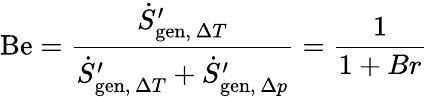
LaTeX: \mathrm{Be}={\frac{{\dot{S}}_{\mathrm{gen},\, \Delta T}^{\prime}}{{\dot{S}}_{\mathrm{gen},\, \Delta T}^{\prime}+{\dot{S}}_{\mathrm{gen},\, \Delta p}^{\prime}}}={\frac{1}{1+Br}}